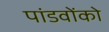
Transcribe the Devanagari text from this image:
पांडवोंको